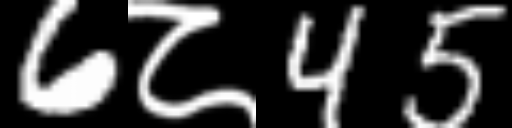
Text: 6८45